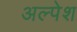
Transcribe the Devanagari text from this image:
अल्पेश